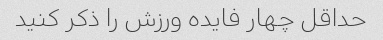
حداقل چهار فایده ورزش را ذکر کنید